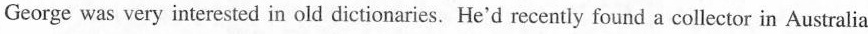
George was very interested in old dictionaries. He'd recently found a collector in Australia